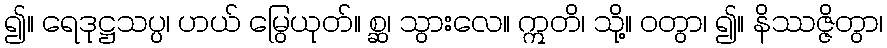
၍။ ရေဒုဋ္ဌသပ္ပ၊ ဟယ် မြွေယုတ်။ စ္ဆ၊ သွားလေ။ ဣတိ၊ သို့။ ဝတွာ၊ ၍။ နိဿဇ္ဇိတွာ၊